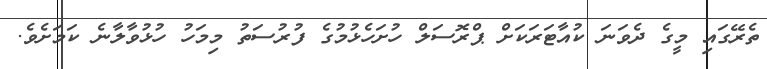
ތެރޭގައި މީގެ ދެވަނަ ކުއާޓަރަކަށް ޕްރޮސަލް ހުށަހެޅުމުގެ ފުރުސަތު މިމަހު ހުޅުވާލާނެ ކަމަށެވެ.